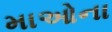
માઓના